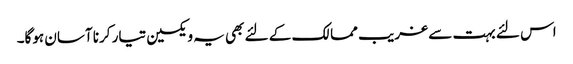
اس لئے بہت سے غریب ممالک کے لئے بھی یہ ویکسین تیار کرنا آسان ہوگا۔